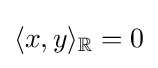
\langle x,y\rangle _{\mathbb {R} }=0